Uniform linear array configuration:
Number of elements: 12
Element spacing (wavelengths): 0.5
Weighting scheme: hann
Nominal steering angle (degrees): -30
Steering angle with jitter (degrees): -30.597
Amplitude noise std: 0.05
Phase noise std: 0.05

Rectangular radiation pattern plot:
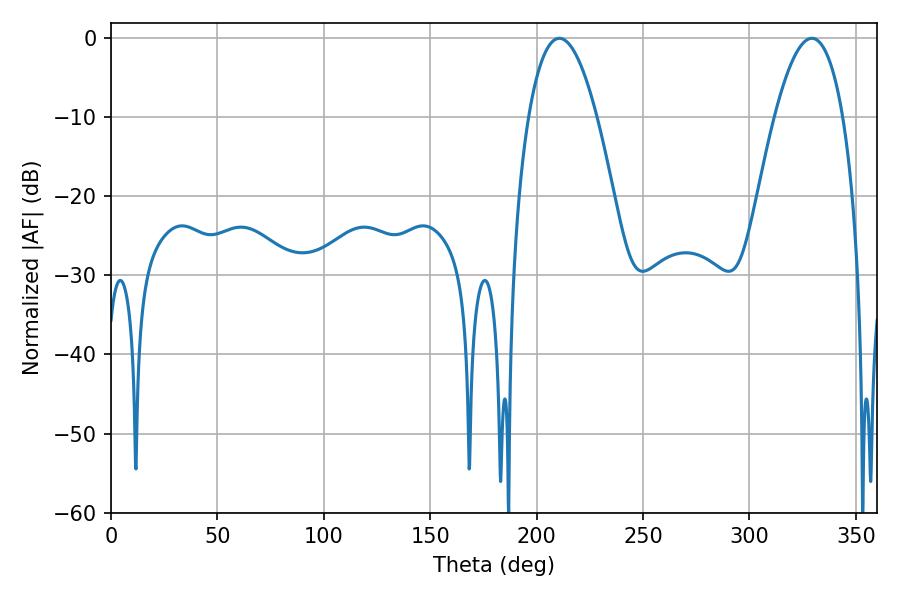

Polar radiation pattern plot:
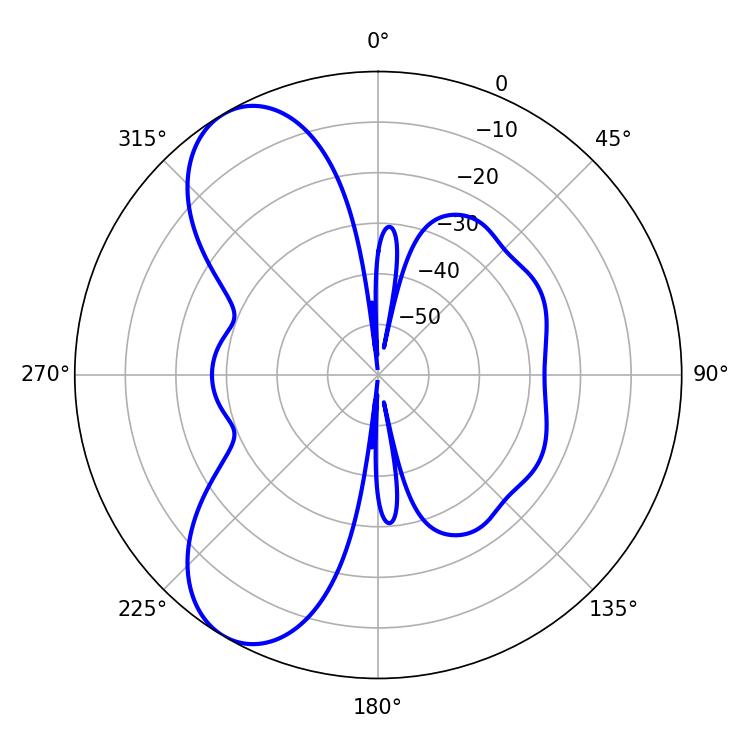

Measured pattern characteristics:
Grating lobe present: FALSE
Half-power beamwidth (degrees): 17.64
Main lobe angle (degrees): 210.6